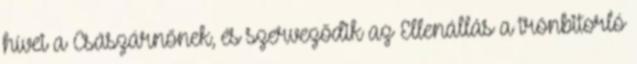
hívei a Császárnőnek, és szerveződik az Ellenállás a trónbitorló